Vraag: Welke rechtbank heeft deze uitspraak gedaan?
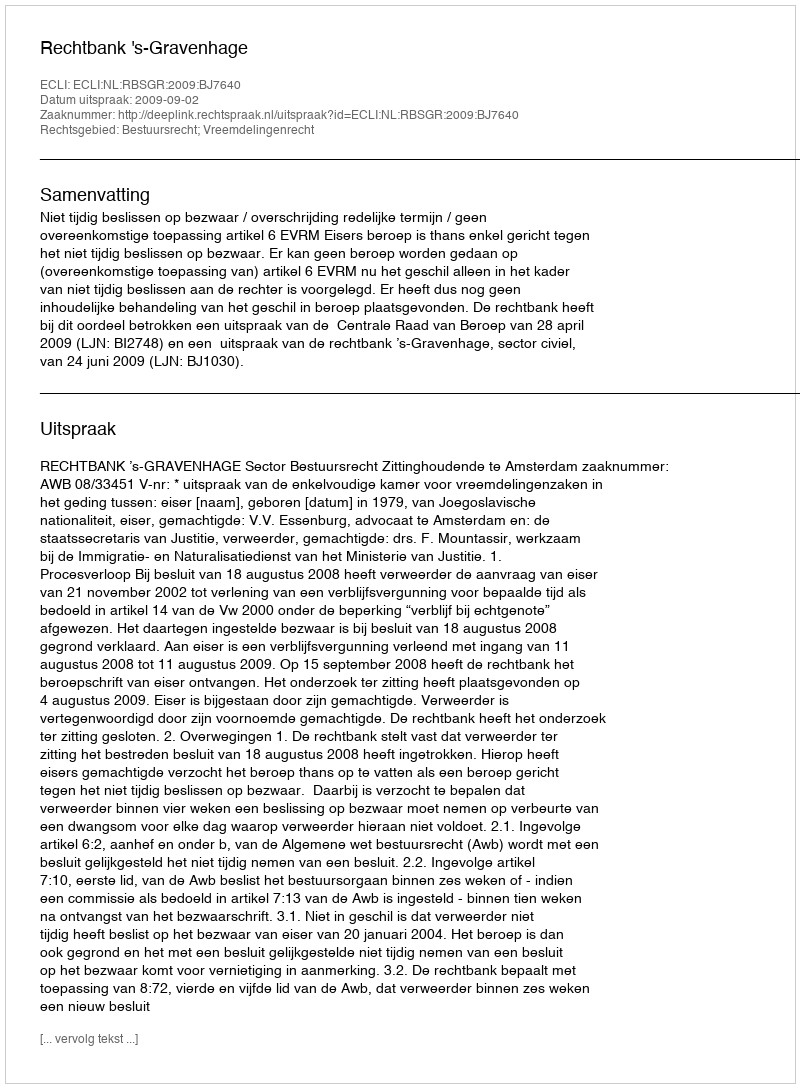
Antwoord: Rechtbank 's-Gravenhage